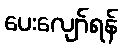
ပေးလျော်ရန်